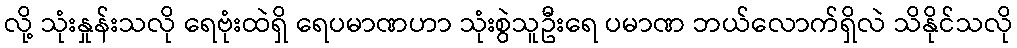
လို့ သုံးနှုန်းသလို ရေဗုံးထဲရှိ ရေပမာဏဟာ သုံးစွဲသူဦးရေ ပမာဏ ဘယ်လောက်ရှိလဲ သိနိုင်သလို